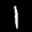
Label: 1